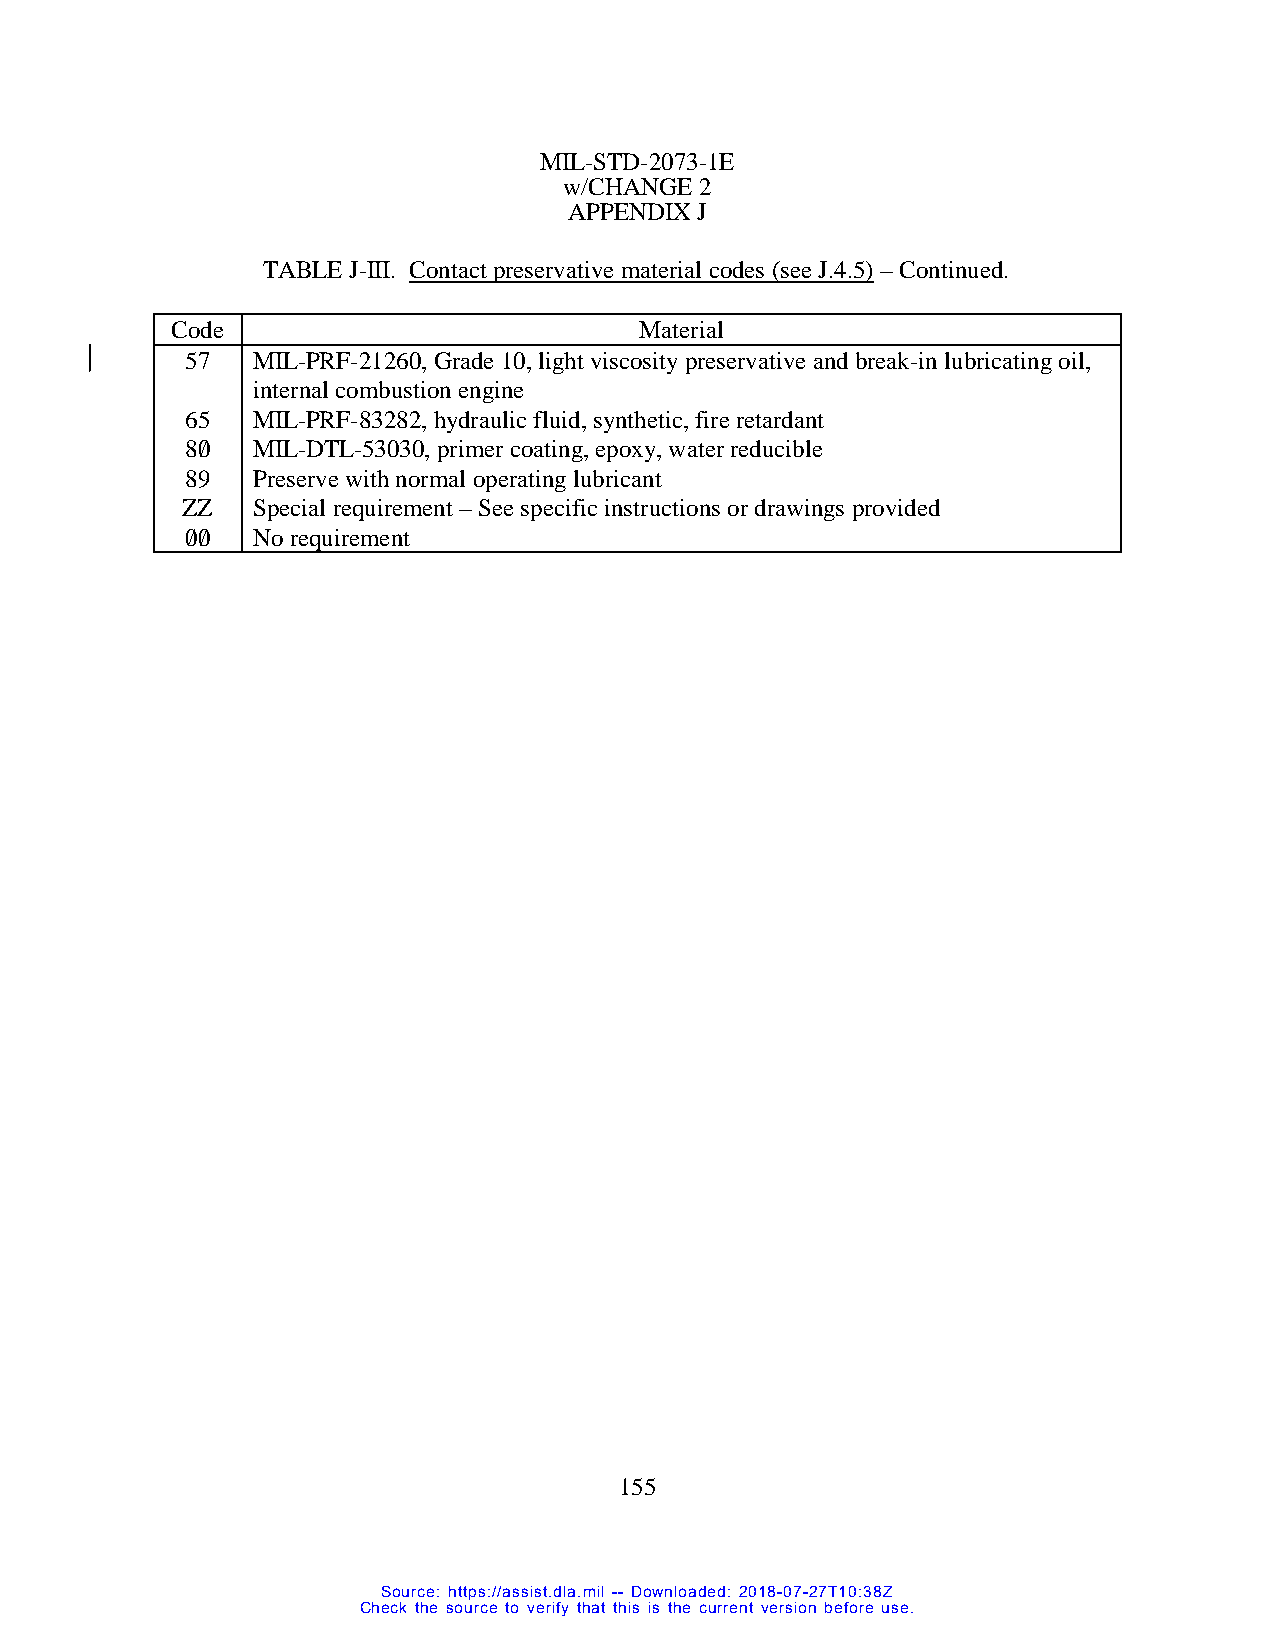
MIL-STD-2073-1E
 w/CHANGE 2
 APPENDIX J
 TABLE J-III. Contact preservative material codes (see J.4.5) – Continued.
 Code                           Material
 57   MIL-PRF-21260, Grade 10, light viscosity preservative and break-in lubricating oil,
 internal combustion engine
 65   MIL-PRF-83282, hydraulic fluid, synthetic, fire retardant
 80/  MIL-DTL-53030, primer coating, epoxy, water reducible
 89   Preserve with normal operating lubricant
 ZZ   Special requirement – See specific instructions or drawings provided
 0/0/ No requirement
 155
 Source: https://assist.dla.mil -- Downloaded: 2018-07-27T10:38Z
 Check the source to verify that this is the current version before use.